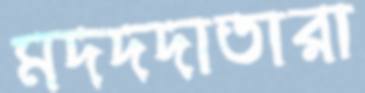
মদদদাতারা